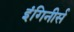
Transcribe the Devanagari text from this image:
इंगिनीर्स